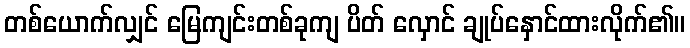
တစ်ယောက်လျှင် မြေကျင်းတစ်ခုကျ ပိတ် လှောင် ချုပ်နှောင်ထားလိုက်၏။